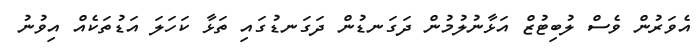
އެވަރުން ވެސް ލުބިޓުޒް އަޅާނުލުމުން ދަގަނޑުން ދަގަނޑުގައި ތަޅާ ކަހަލަ އަޑުތަކެއް އިވުނު